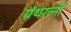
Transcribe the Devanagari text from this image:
ग्रंथरत्नों